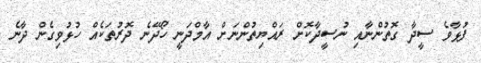
ފުޅާވެ ސީދާ ގޮތުންނާއި ނުސީދާކޮށް ރައްޔިތުންނަށް އާމްދަނީ ހޯދޭނެ ދޮރުތަކެއް ހުޅުވިގެން ދާނެ